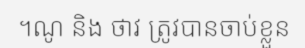
។ណូ និង ថាវ ត្រូវបានចាប់ខ្លួន